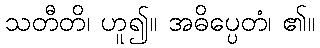
သတီတိ၊ ဟူ၍။ အဓိပ္ပေတံ၊ ၏။